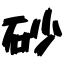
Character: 砂